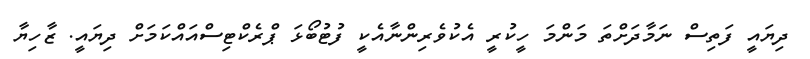
ދިޔައީ ފަތިސް ނަމާދަށްތަ މަންމަ ހީކުރީ އެކުވެރިންނާއެކީ ފުޓުބޯޅަ ޕްރެކްޓިސްއައްކަމަށް ދިޔައީ. ޒާހިޔާ